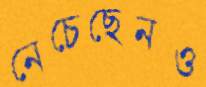
নেচেছেনও